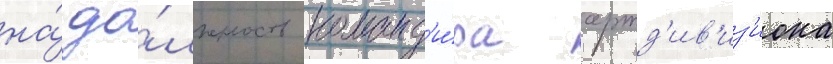
на́ до́лжность команд'и́ра артд'ив'из'иона